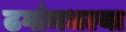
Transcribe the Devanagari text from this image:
ढगांमधल्या